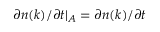
\partial n ( k ) / \partial t \rvert _ { A } = \partial n ( k ) / \partial t